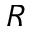
R